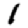
Digit: 1